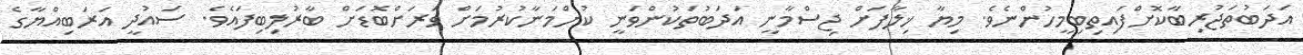
އަދަބުތަޖުރިބާކޮށްފައިތިބިމީހުންނެވެ. މިޔާ ޚިލާފަށް ޖިސްމާނީ އަދަބުތަކުންވަނީ ކުށްމަނާކުރުމަށް ވަރަށްބޮޑަށް ބާރުލިބިފައެވެ. ސައުދީ އަރަބިއްޔާގެ